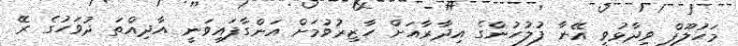
މަހުލޫފް ވިދާޅުވީ އޭނާ ފުލުހުންގެ އިދާރާއަށް ހާޒިރުވުމަށް އަންގާފައިވަނީ އާދިއްތަ ދުވަހުގެ ރޭ